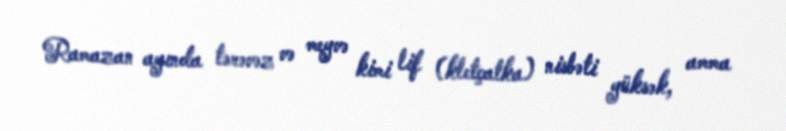
Ramazan ayında tərəvəz və meyvə kimi lif (kletçatka) nisbəti yüksək, amma